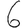
Digit: 6